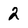
Character: 2